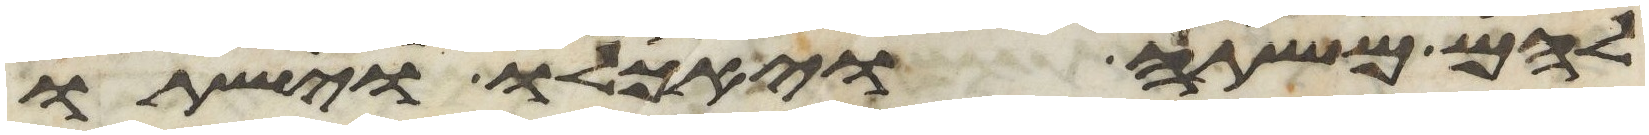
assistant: להם משתה ויאכלו וישתו